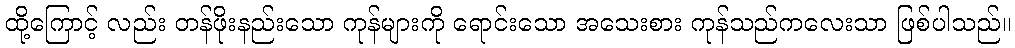
ထို့ကြောင့် လည်း တန်ဖိုးနည်းသော ကုန်များကို ရောင်းသော အသေးစား ကုန်သည်ကလေးသာ ဖြစ်ပါသည်။